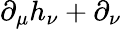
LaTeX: \partial_{\mu}h_{\nu}+\partial_{\nu}